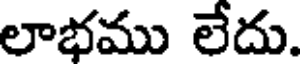
లాభము లేదు.